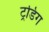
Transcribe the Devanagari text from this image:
ट्रडिग